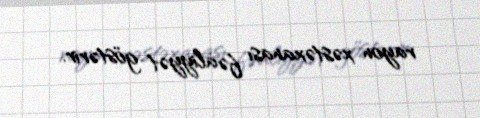
rayon xəstəxanası fəaliyyət göstərir.